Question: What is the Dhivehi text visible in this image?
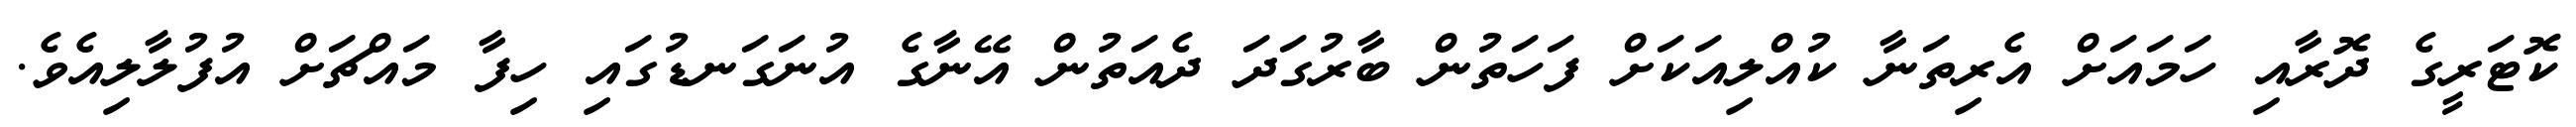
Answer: ކޮޓަރީގެ ދޮރާއި ހަމައަށް އެރިތަނާ ކުއްލިއަކަށް ފަހަތުން ބާރުގަދަ ދެއަތުން އޭނާގެ އުނަގަނޑުގައި ހިފާ މައްޗަށް އުފުލާލިއެވެ.